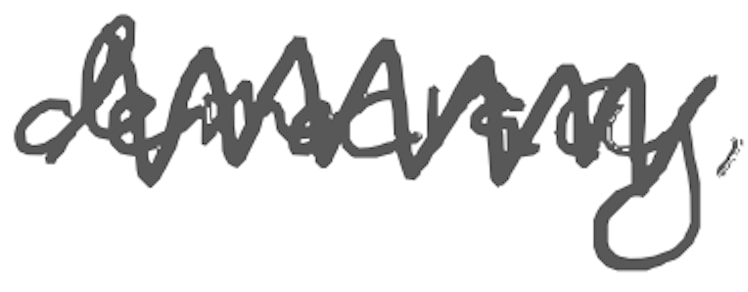
Text: democracy,
Cross-out: zig-zag
Writing tool: digital_gray